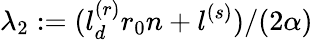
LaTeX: \lambda_{2}:=(l_{d}^{(r)}r_{0}n+l^{(s)})/(2\alpha)